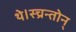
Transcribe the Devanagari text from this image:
थे।स्च्रन्तोन्